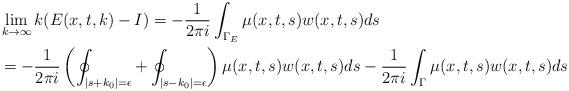
LaTeX: \begin{align*} &\lim_{k\rightarrow\infty}k(E(x,t,k)-I)=-\frac{1}{2\pi i}\int_{\Gamma_E}\mu(x,t,s)w(x,t,s)ds \\ &=-\frac{1}{2\pi i}\left(\oint_{|s+k_0|=\epsilon}+\oint_{|s-k_0|=\epsilon}\right)\mu(x,t,s)w(x,t,s)ds-\frac{1}{2\pi i}\int_{\Gamma}\mu(x,t,s)w(x,t,s)ds \end{align*}